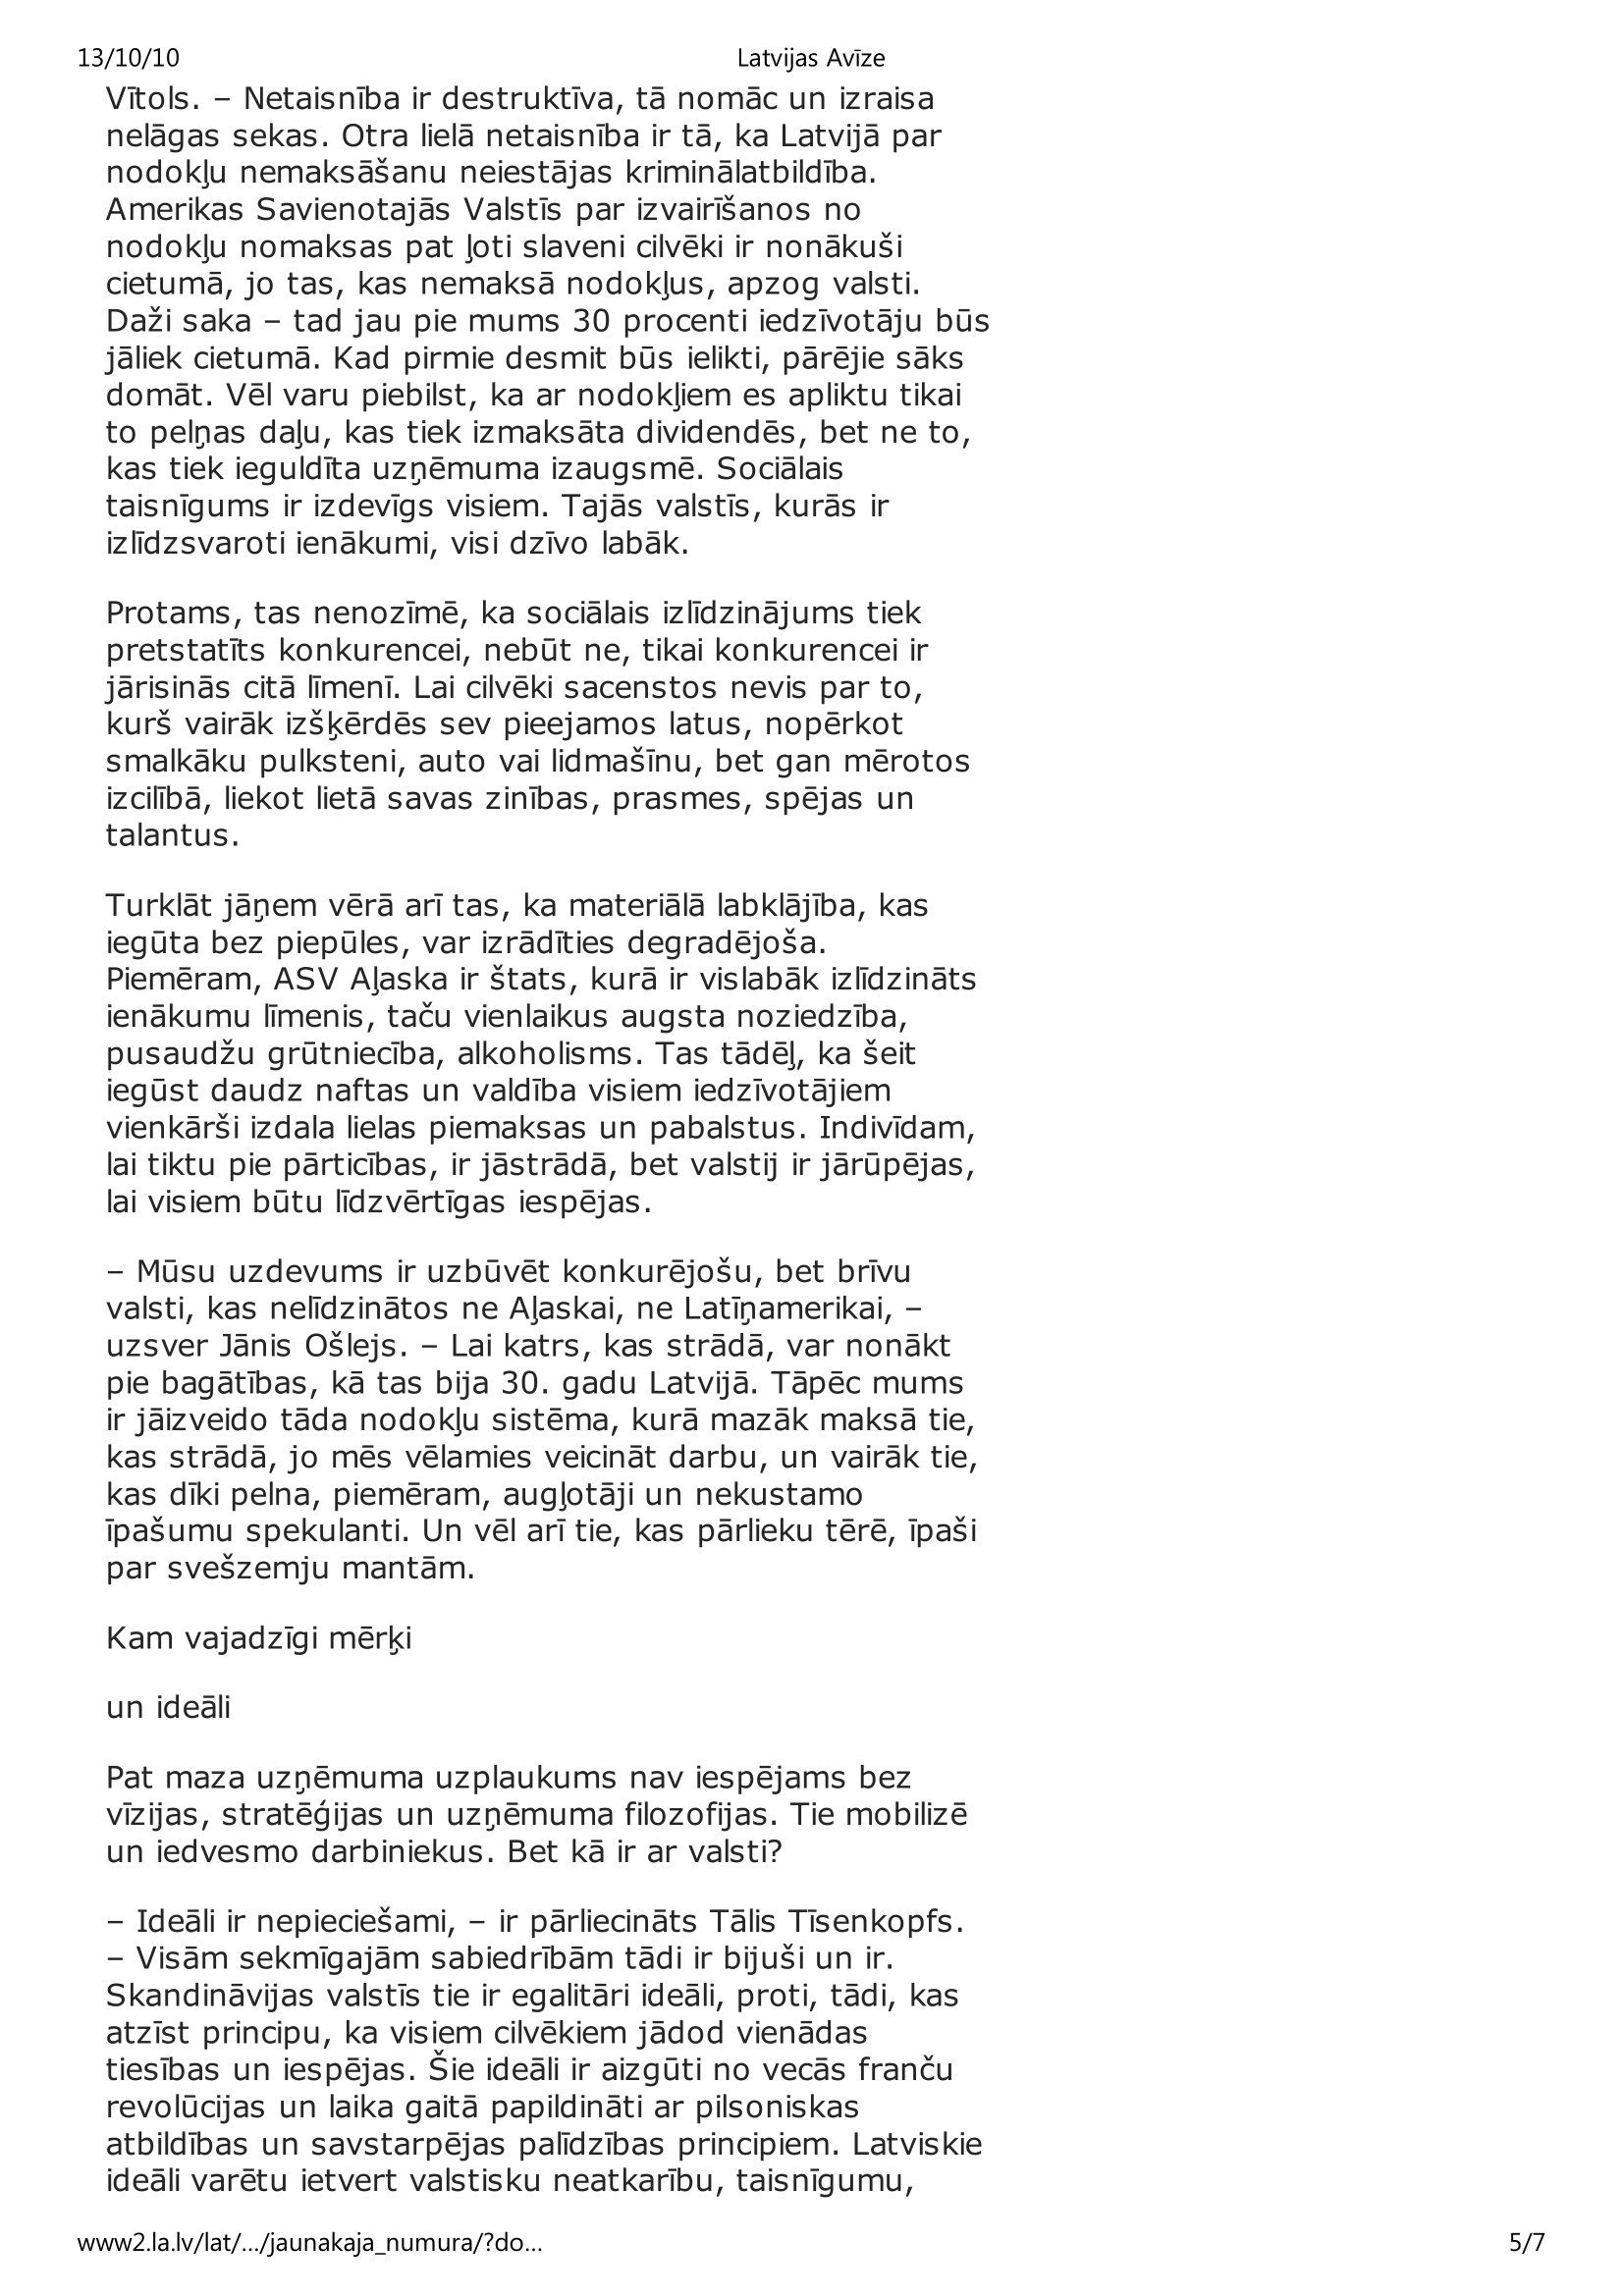
Language: lv